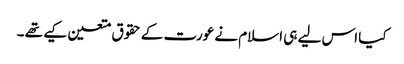
کیا اس لیے ہی اسلام نے عورت کے حقوق متعین کیے تھے ۔